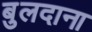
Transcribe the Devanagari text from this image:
बुलदाना